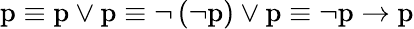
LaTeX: {\mathrm{p}}\equiv{\mathrm{p}}\vee{\mathrm{p}}\equiv\lnot\left(\lnot{\mathrm{p}}\right)\vee{\mathrm{p}}\equiv\lnot{\mathrm{p}}\to{\mathrm{p}}